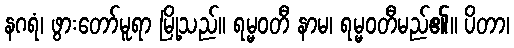
နဂရံ၊ ဖွားတော်မူရာ မြို့သည်။ ရမ္မဝတီ နာမ၊ ရမ္မဝတီမည်၏။ ပိတာ၊